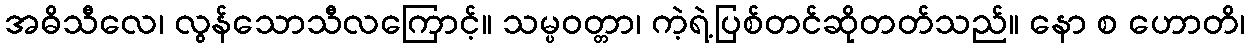
အဓိသီလေ၊ လွန်သောသီလကြောင့်။ သမ္ပဝတ္တာ၊ ကဲ့ရဲ့ပြစ်တင်ဆိုတတ်သည်။ နော စ ဟောတိ၊